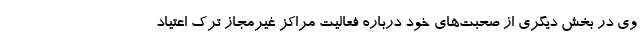
وی در بخش دیگری از صحبت‌های خود درباره فعالیت مراکز غیرمجاز ترک اعتیاد